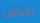
بالكلاب